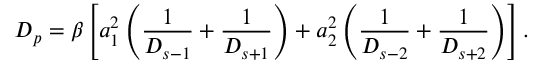
D _ { p } = \beta \left[ a _ { 1 } ^ { 2 } \left( \frac { 1 } { D _ { s - 1 } } + \frac { 1 } { D _ { s + 1 } } \right) + a _ { 2 } ^ { 2 } \left( \frac { 1 } { D _ { s - 2 } } + \frac { 1 } { D _ { s + 2 } } \right) \right] .